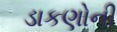
ડાકણોની